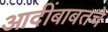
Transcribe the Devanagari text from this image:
आदींबाबतचे